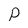
Character: p